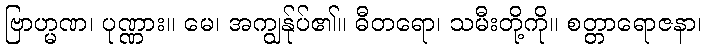
ဗြာဟ္မဏ၊ ပုဏ္ဏား။ မေ၊ အကျွန်ုပ်၏။ ဓီတရော၊ သမီးတို့ကို။ စတ္တာရောဇနာ၊